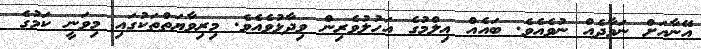
އޭނާއަށް ނަމާދެއް ނުވެއެވެ. ބައެއް ޢިލްމުގެ އަހުލުވެރިން ވިދާޅުވެއެވެ. މިރިވާޔަތްތަކުގައި މިވަނީ ކަމުގެ